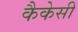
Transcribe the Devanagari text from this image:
कैकेसी